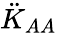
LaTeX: \ddot{K}_{AA}